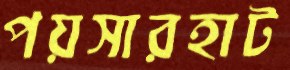
পয়সারহাট